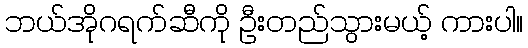
ဘယ်အိုဂရက်ဆီကို ဦးတည်သွားမယ့် ကားပါ။